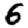
Digit: 6